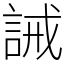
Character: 誡